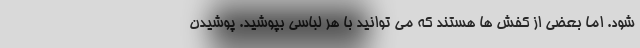
شود. اما بعضی از کفش ها هستند که می توانید با هر لباسی بپوشید. پوشیدن